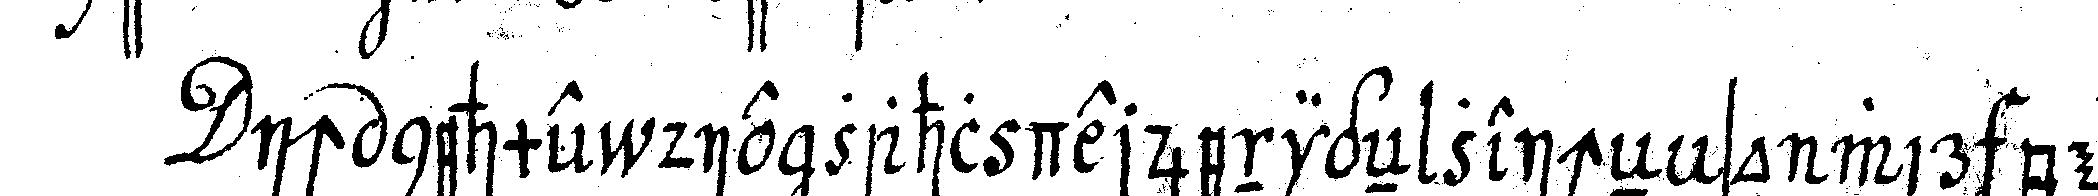
ich nehme die zahl derjenigeN zeicheN so wir bey